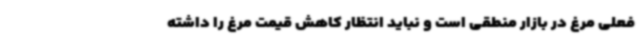
فعلی مرغ در بازار منطقی است و نباید انتظار کاهش قیمت مرغ را داشته